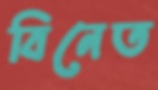
বিনেত